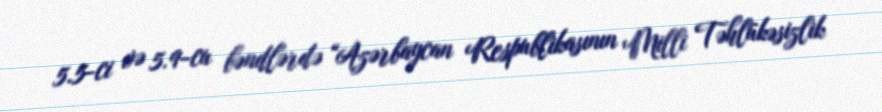
5.5-ci və 5.9-cu bəndlərdə “Azərbaycan Respublikasının Milli Təhlükəsizlik